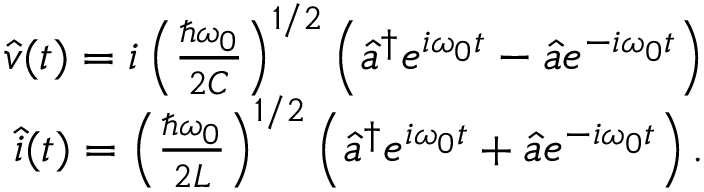
\begin{array} { r } { \hat { v } ( t ) = i \left( \frac { \hbar \omega _ { 0 } } { 2 C } \right) ^ { 1 / 2 } \left( \hat { a } ^ { \dagger } e ^ { i \omega _ { 0 } t } - \hat { a } e ^ { - i \omega _ { 0 } t } \right) } \\ { \hat { i } ( t ) = \left( \frac { \hbar \omega _ { 0 } } { 2 L } \right) ^ { 1 / 2 } \left( \hat { a } ^ { \dagger } e ^ { i \omega _ { 0 } t } + \hat { a } e ^ { - i \omega _ { 0 } t } \right) . } \end{array}